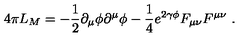
4 \pi L _ { M } = - \frac { 1 } { 2 } \partial _ { \mu } \phi \partial ^ { \mu } \phi - \frac { 1 } { 4 } e ^ { 2 \gamma \phi } F _ { \mu \nu } F ^ { \mu \nu } \ .